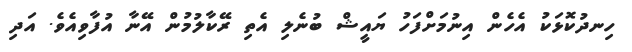
ހިނދުކޮޅަކު އެހެން އިނުމަށްފަހު ޔައީޝް ބުނެލި އެތި ރޭކާލުމުން އޭނާ އުފާވިއެވެ. އަދި